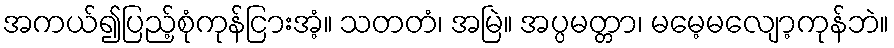
အကယ်၍ပြည့်စုံကုန်ငြားအံ့။ သတတံ၊ အမြဲ။ အပ္ပမတ္တာ၊ မမေ့မလျော့ကုန်ဘဲ။